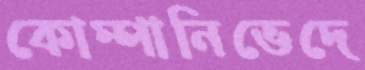
কোম্পানিভেদে